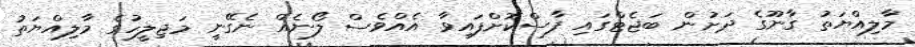
މާލިއްޔަތު ގާނޫގެ ދަށުން ބަޖެޓްގައި ފާސްކޮށްފައިވާ އެއްވެސް ލޯނެއް ނެގޭނީ މަޖިލީހުގެ މާލިއްޔަތު